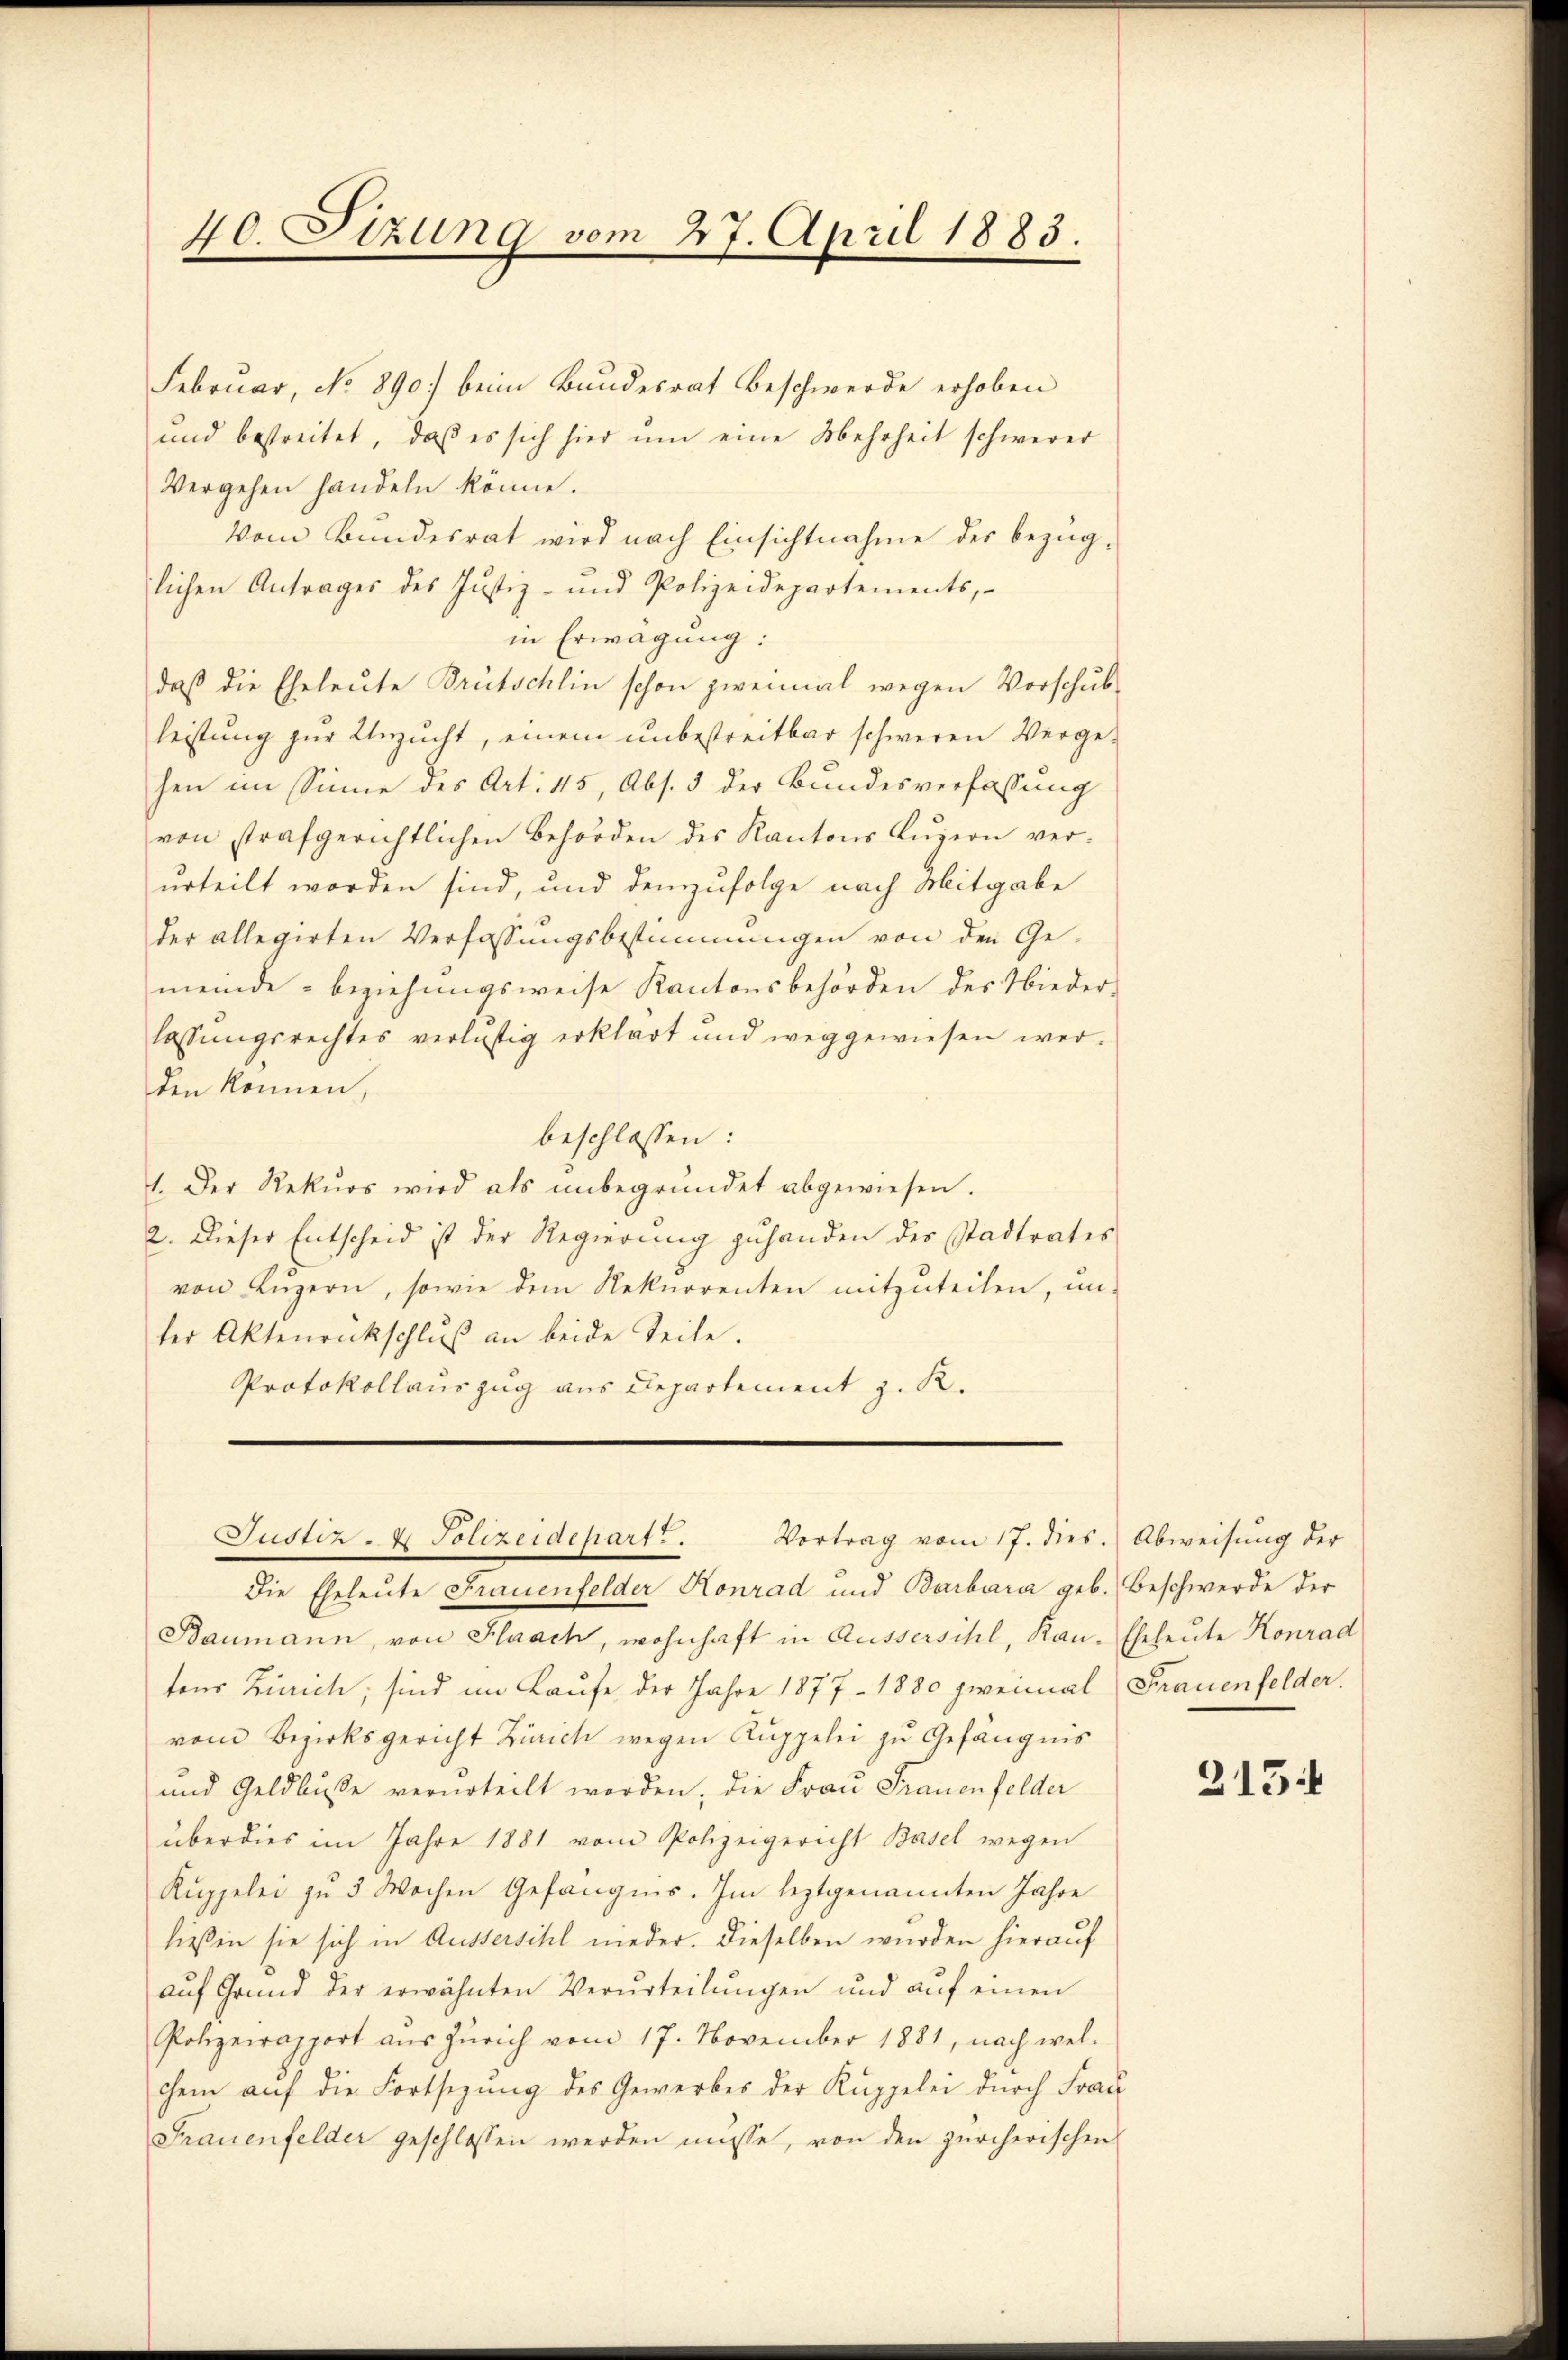
40. Sizung vom 27. April 1883.

Februar, No 890.) beim Bundesrat Beschwerde erhoben
und bestreitet, daβ es sich hier ŭm eine Mehrheit schwerer
Vergehen handeln könne.
Vom Bundesrat wird nach Einsichtnahme des bezüglichen Antrages des Justiz- und Polizeidepartements,
in Erwägung:
daß die Eheleute Brütschlin schon zweimal wegen Vorschubleistung zur Unzucht, einem unbestreitbar schweren Vergehen im Sinne des Art. 45, Abs. 3 der Bundesverfassung
von strafgerichtlichen Behörden des Kantons Lŭzern ver-
urteilt worden sind, und demzufolge nach Mitgabe
der allegirten Verfassungsbestimmungen von den Gemeinde - beziehungsweise Kantonsbehörden des Nieder-
lassungsrechtes verlustig erklärt und weggewiesen werden können,
beschlossen:
1. Der Rekŭrs wird als ŭnbegründet abgewiesen.
2. Dieser Entscheid ist der Regierŭng zuhanden des Stadtrates
von Lŭzern, sowie dem Rekurrenten mitzŭteilen, un-
ter Aktenrückschlŭβ an beide Teile.
Protokollauszug aus Departement z. R.

Justiz- & Polizeidepart. Vortrag vom 17. dies. Abweisung der

Die Eheleute Frauenfelder Konrad und Barbara geb. Beschwerde der
Baumann, von Flaach, wohnhaft in Aussersihl, Kan-Eheleute Konrad
tens Zürich, sind im Laufe der Jahre 1877 - 1880 zweimal Frauenfelder.
vom Bezirksgericht Zürich wegen Ruppelei zu Gefängnis
und Geldbuße verurteilt worden, die Frau Frauenfelder
überdies im Jahre 1881 vom Polizeigericht Basel wegen
Kuppelei zu 3 Wochen Gefängnis. Im leztgenannten Jahre
ließen sie sich in Aussersihl nieder. Dieselben wurden hierauf
aŭf Grŭnd der erwähnten Verurteilŭngen und aŭf einen
Polizeirapport aŭs Zürich vom 17. November 1881, nach wel-
chem auf die Fortsezung des Gewerbes der Kuppelei durch Frau
Frauenfelder geschlossen werden müsse, von den zürcherischen

2154